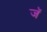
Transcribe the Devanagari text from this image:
जॅ